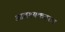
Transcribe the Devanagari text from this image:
आवश्यकतत्व